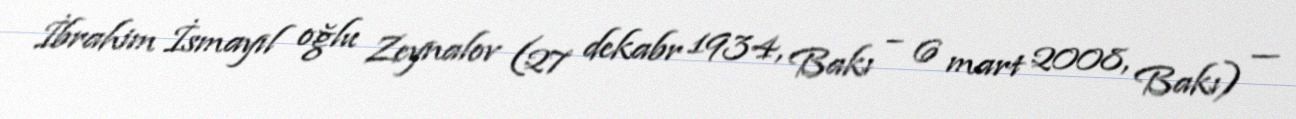
İbrahim İsmayıl oğlu Zeynalov (27 dekabr 1934, Bakı – 6 mart 2008, Bakı) —